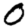
Digit: 0